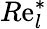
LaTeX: R\mathrm{e}_{l}^{\ast}